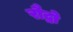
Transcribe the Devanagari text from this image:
रौद्रो